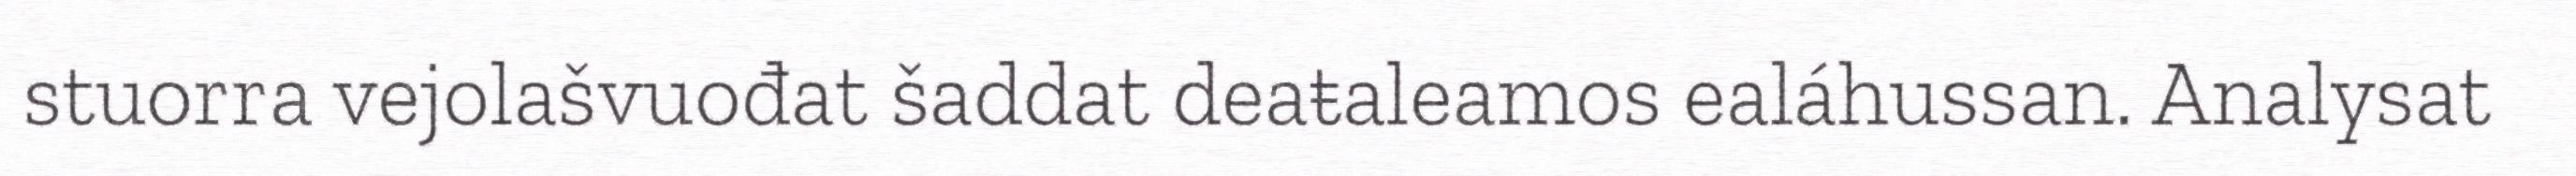
stuorra vejolašvuođat šaddat deaŧaleamos ealáhussan. Analysat